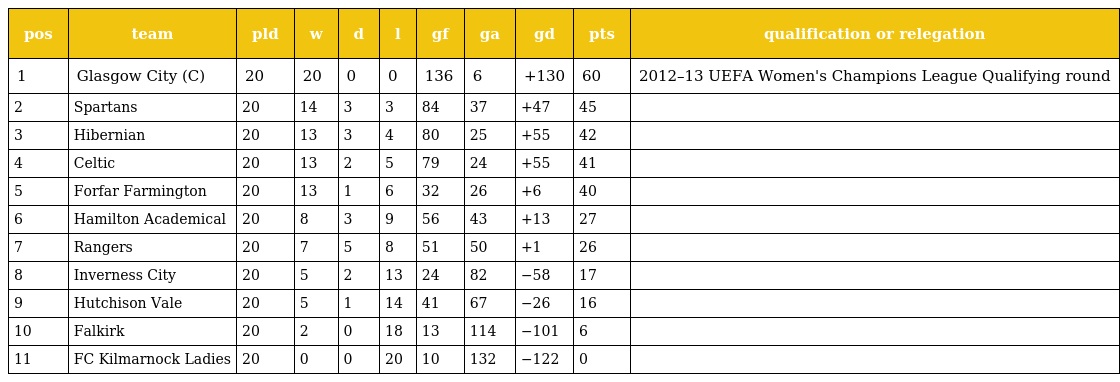
| pos | team | pld | w | d | l | gf | ga | gd | pts | qualification or relegation |
 | --- | --- | --- | --- | --- | --- | --- | --- | --- | --- | --- |
 | 1 | Glasgow City (C) | 20 | 20 | 0 | 0 | 136 | 6 | +130 | 60 | 2012–13 UEFA Women's Champions League Qualifying round |
 | 2 | Spartans | 20 | 14 | 3 | 3 | 84 | 37 | +47 | 45 |  |
 | 3 | Hibernian | 20 | 13 | 3 | 4 | 80 | 25 | +55 | 42 |  |
 | 4 | Celtic | 20 | 13 | 2 | 5 | 79 | 24 | +55 | 41 |  |
 | 5 | Forfar Farmington | 20 | 13 | 1 | 6 | 32 | 26 | +6 | 40 |  |
 | 6 | Hamilton Academical | 20 | 8 | 3 | 9 | 56 | 43 | +13 | 27 |  |
 | 7 | Rangers | 20 | 7 | 5 | 8 | 51 | 50 | +1 | 26 |  |
 | 8 | Inverness City | 20 | 5 | 2 | 13 | 24 | 82 | −58 | 17 |  |
 | 9 | Hutchison Vale | 20 | 5 | 1 | 14 | 41 | 67 | −26 | 16 |  |
 | 10 | Falkirk | 20 | 2 | 0 | 18 | 13 | 114 | −101 | 6 |  |
 | 11 | FC Kilmarnock Ladies | 20 | 0 | 0 | 20 | 10 | 132 | −122 | 0 |  |